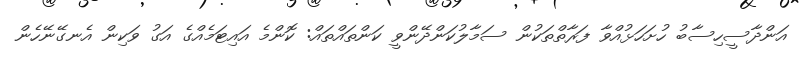
އަންދާސީހިސާބު ހުށަހަޅުއްވާ ފަރާތްތަކުން ސަމާލުކަންދޭންވީ ކަންތައްތައް: ކޮންމެ އައިޓަމެއްގެ އަގު ވަކިން އެނގޭނޭހެން